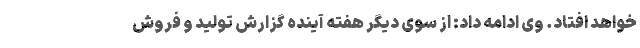
خواهد افتاد. وی ادامه داد: از سوی دیگر هفته آینده گزارش تولید و فروش